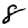
Digit: 8